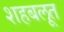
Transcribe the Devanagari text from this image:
शहबलूत